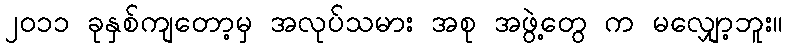
၂၀၁၁ ခုနှစ်ကျတော့မှ အလုပ်သမား အစု အဖွဲ့တွေ က မလျှော့ဘူး။